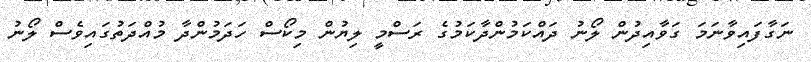
ނަގާފައިވާނަމަ ގަވާއިދުން ލޯނު ދައްކަމުންދާކަމުގެ ރަސްމީ ލިޔުން މިކޯސް ހަދަމުންދާ މުއްދަތުގައިވެސް ލޯނު